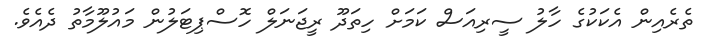
ތެރެއިން އެކަކުގެ ހާލު ސީރިއަސް ކަމަށް ހިތަދޫ ރީޖަނަލް ހޮސްޕިޓަލުން މައުލޫމާތު ދެއެވެ.